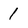
Character: 1